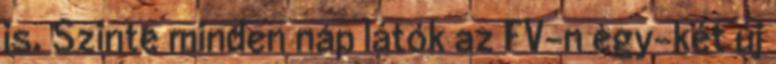
is. Szinte minden nap látok az FV-n egy-két új